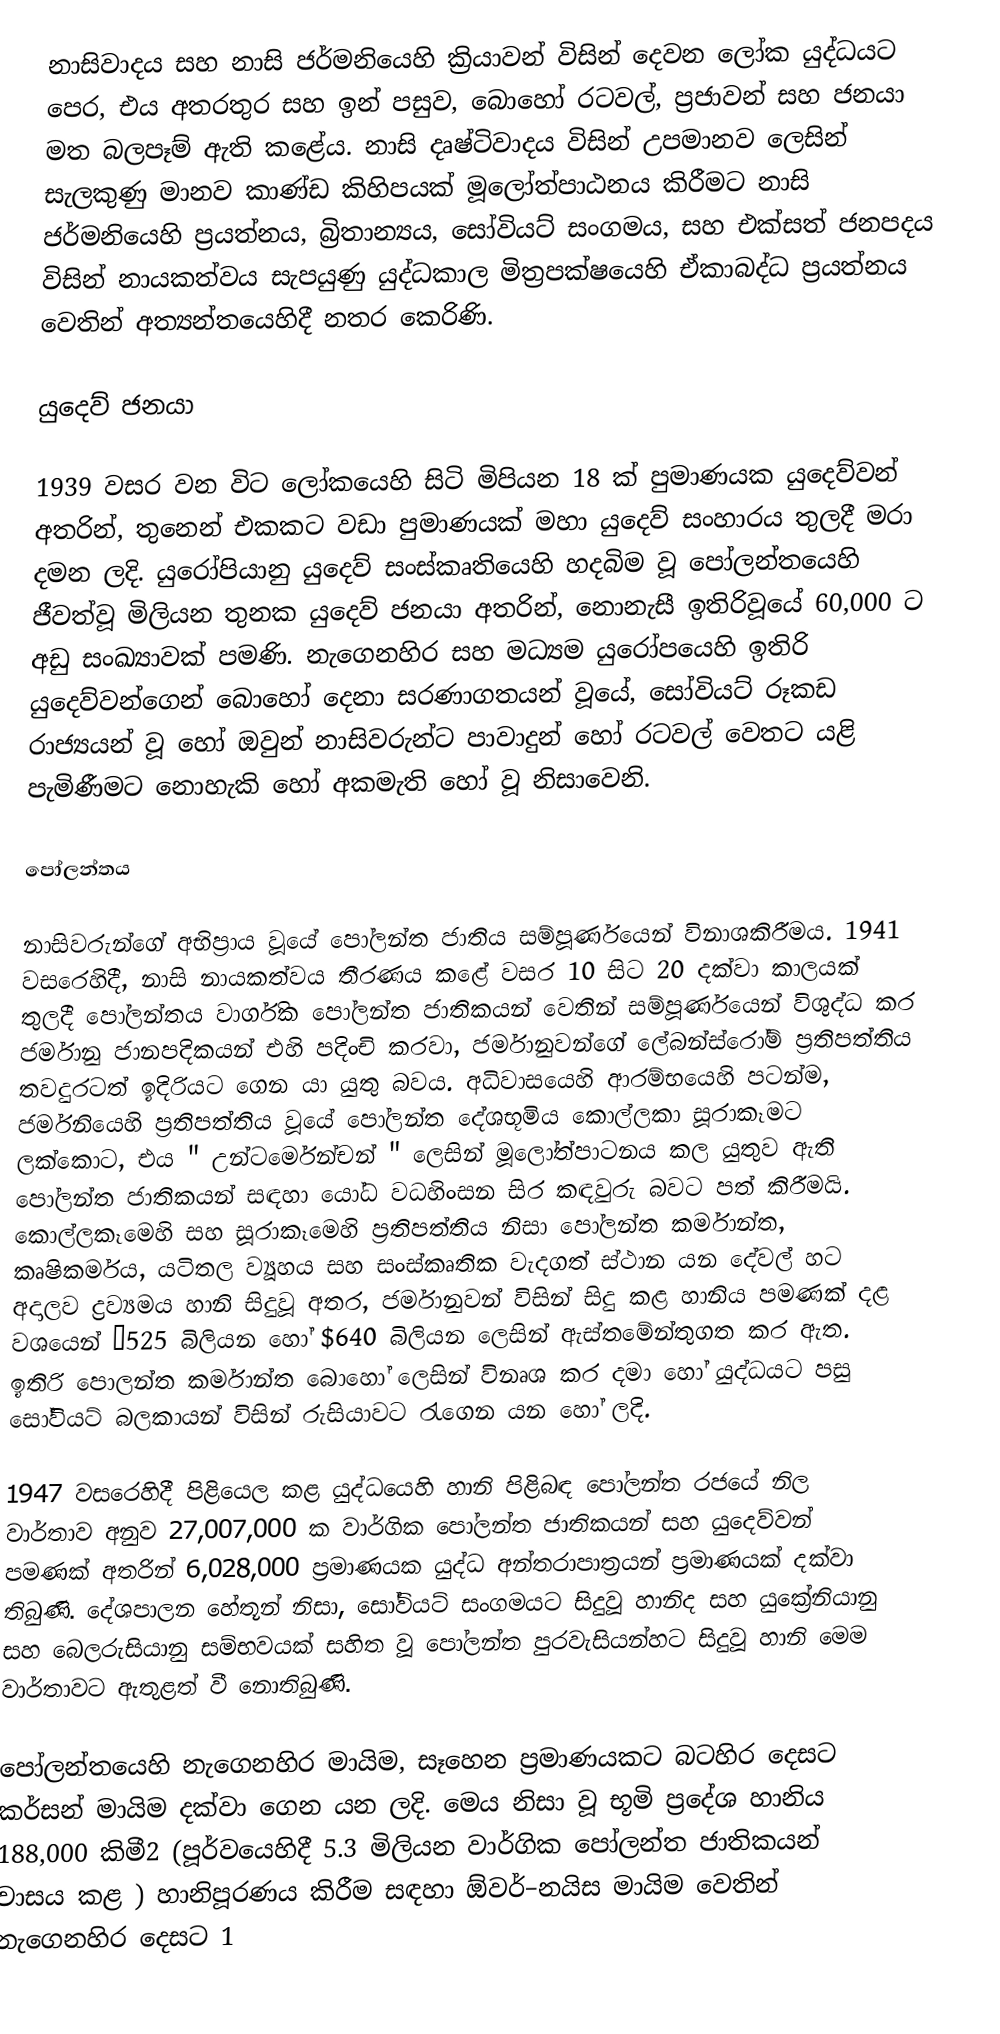
නාසිවාදය සහ නාසි ජර්මනියෙහි ක්‍රියාවන් විසින් දෙවන ලෝක යුද්ධයට පෙර, එය අතරතුර සහ ඉන් පසුව, බොහෝ රටවල්, ප්‍රජාවන් සහ ජනයා මත බලපෑම් ඇති කළේය. නාසි දෘෂ්ටිවාදය විසින්  උපමානව ලෙසින් සැලකුණු මානව කාණ්ඩ කිහිපයක් මූලෝත්පාඨනය කිරීමට නාසි ජර්මනියෙහි ප්‍රයත්නය, බ්‍රිතාන්‍යය, සෝවියට් සංගමය, සහ එක්සත් ජනපදය විසින් නායකත්වය සැපයුණු යුද්ධකාල මිත්‍රපක්ෂයෙහි ඒකාබද්ධ ප්‍රයත්නය වෙතින් අත්‍යන්තයෙහිදී නතර කෙරිණි.

යුදෙව් ජනයා

1939 වසර වන විට ලෝකයෙහි සිටි මිපියන 18 ක් පුමාණයක යුදෙව්වන් අතරින්, තුනෙන් එකකට වඩා පුමාණයක් මහා යුදෙව් සංහාරය තුලදී මරා දමන ලදි.   යුරෝපියානු යුදෙව් සංස්කෘතියෙහි හදබිම වූ පෝලන්තයෙහි ජීවත්වූ මිලියන තුනක යුදෙව් ජනයා අතරින්, නොනැසී ඉතිරිවූයේ 60,000 ට අඩු සංඛ්‍යාවක් පමණි. නැගෙනහිර සහ මධ්‍යම යුරෝපයෙහි ඉතිරි යුදෙව්වන්ගෙන් බොහෝ දෙනා  සරණාගතයන් වූයේ, සෝවියට් රූකඩ රාජ්‍යයන් වූ හෝ ඔවුන් නාසිවරුන්ට පාවාදුන් හෝ රටවල් වෙතට යළි පැමිණීමට නොහැකි හෝ අකමැති හෝ වූ නිසාවෙනි.

පෝලන්තය

නාසිවරුන්ගේ අභිප්‍රාය වූයේ පෝලන්ත ජාතිය සම්පූර්ණයෙන් විනාශකිරීමය. 1941 වසරෙහිදී, නාසි නායකත්වය තීරණය කළේ වසර 10 සිට 20 දක්වා කාලයක් තුලදී  පෝලන්තය වාර්ගික පෝලන්ත ජාතිකයන් වෙතින් සම්පූර්ණයෙන් විශුද්ධ කර ජර්මානු ජානපදිකයන් එහි පදිංචි කරවා, ජර්මානුවන්ගේ ලේබන්ස්රෝම් ප්‍රතිපත්තිය තවදුරටත් ඉදිරියට ගෙන යා යුතු බවය.  අධිවාසයෙහි ආරම්භයෙහි පටන්ම, ජර්මනියෙහි ප්‍රතිපත්තිය වූයේ පෝලන්ත දේශභූමිය කොල්ලකා සූරාකෑමට ලක්කොට, එය " උන්ටර්මෙන්චන් " ලෙසින් මූලෝත්පාටනය කල යුතුව ඇති පෝලන්ත ජාතිකයන් සඳහා යෝධ වධහිංසන සිර කඳවුරු බවට පත් කිරීමයි.  කොල්ලකෑමෙහි සහ සූරාකෑමෙහි ප්‍රතිපත්තිය නිසා පෝලන්ත කර්මාන්ත, කෘෂිකර්මය,  යටිතල ව්‍යූහය සහ සංස්කෘතික වැදගත් ස්ථාන යන දේවල් හට අදාලව ද්‍රව්‍යමය හානි සිදුවූ අතර, ජර්මානුවන් විසින් සිදු කළ හානිය පමණක් දළ වශයෙන් €525 බිලියන හෝ $640 බිලියන ලෙසින් ඇස්තමේන්තුගත කර ඇත. ඉතිරි පොලන්ත කර්මාන්ත බොහෝ ලෙසින්  විනෘශ කර දමා හෝ යුද්ධයට පසු සෝවියට් බලකායන් විසින් රුසියාවට රැගෙන යන හෝ ලදි.

1947 වසරෙහිදී පිළියෙල කළ යුද්ධයෙහි හානි පිළිබඳ පෝලන්ත රජයේ නිල වාර්තාව අනුව 27,007,000 ක  වාර්ගික පෝලන්ත ජාතිකයන් සහ යුදෙව්වන් පමණක් අතරින් 6,028,000 ප්‍රමාණයක යුද්ධ අන්තරාපාත්‍රයන් ප්‍රමාණයක් දක්වා තිබුණි. දේශපාලන හේතූන් නිසා, සෝවියට් සංගමයට සිදුවූ හානිද සහ යුක්‍රේනියානු සහ බෙලරුසියානු සම්භවයක් සහිත වූ පෝලන්ත පුරවැසියන්හට සිදුවූ හානි මෙම වාර්තාවට ඇතුළත් වී නොතිබුණි.

පෝලන්තයෙහි නැගෙනහිර මායිම, සෑහෙන ප්‍රමාණයකට බටහිර දෙසට කර්සන් මායිම දක්වා ගෙන යන ලදි. මෙය නිසා වූ භූමි ප්‍රදේශ හානිය 188,000 කිමී2 (පූර්වයෙහිදී 5.3 මිලියන වාර්ගික පෝලන්ත ජාතිකයන් වාසය කළ ) හානිපූරණය කිරීම සඳහා ඕවර්–නයිස මායිම වෙතින් නැගෙනහිර දෙසට 1